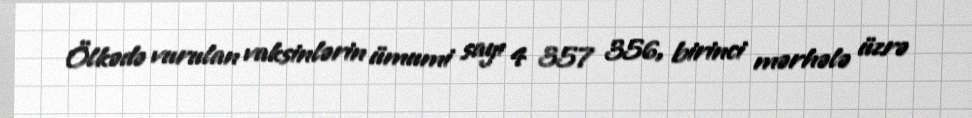
Ölkədə vurulan vaksinlərin ümumi sayı 4 357 356, birinci mərhələ üzrə